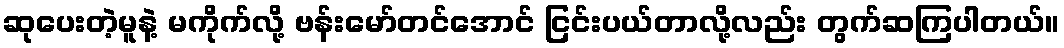
ဆုပေးတဲ့မူနဲ့ မကိုက်လို့ ဗန်းမော်တင်အောင် ငြင်းပယ်တာလို့လည်း တွက်ဆကြပါတယ်။